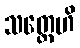
သတ္တေဟိ